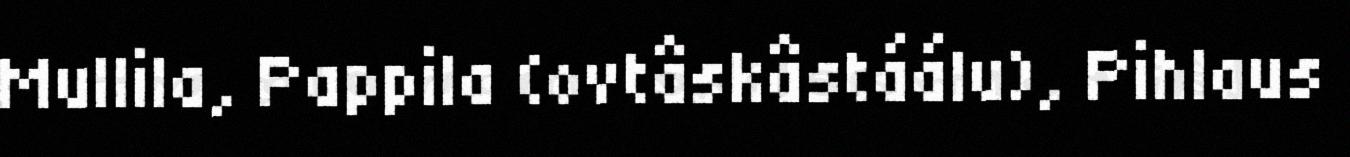
Mullila, Pappila (ovtâskâstáálu), Pihlaus